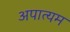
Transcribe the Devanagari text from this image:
अपात्यम